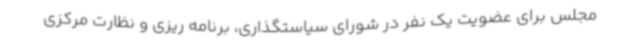
مجلس برای عضویت یک نفر در شورای سیاستگذاری، برنامه ریزی و نظارت مرکزی